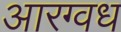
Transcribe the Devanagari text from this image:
आरग्वध